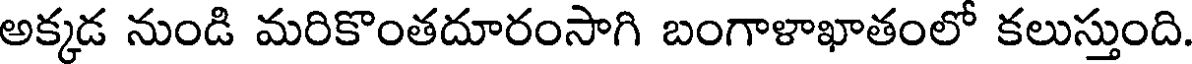
అక్కడ నుండి మరికొంతదూరంసాగి బంగాళాఖాతంలో కలుస్తుంది.